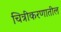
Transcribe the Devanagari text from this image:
चित्रीकरणातील